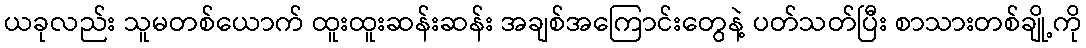
ယခုလည်း သူမတစ်ယောက် ထူးထူးဆန်းဆန်း အချစ်အကြောင်းတွေနဲ့ ပတ်သတ်ပြီး စာသားတစ်ချို့ကို